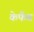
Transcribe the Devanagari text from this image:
केफैब